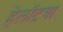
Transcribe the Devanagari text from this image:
हेलॉटचा